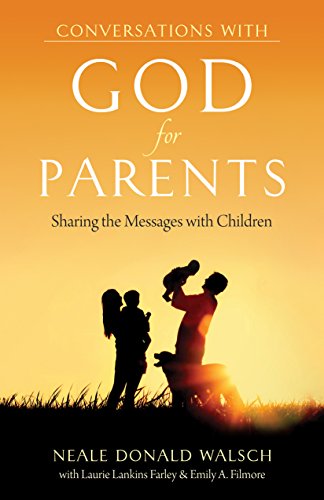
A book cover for Conversations With God for Parents: Sharing the Messages with Children; Neale Donald Walsch; Religion & Spirituality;